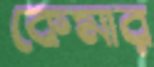
কেমার